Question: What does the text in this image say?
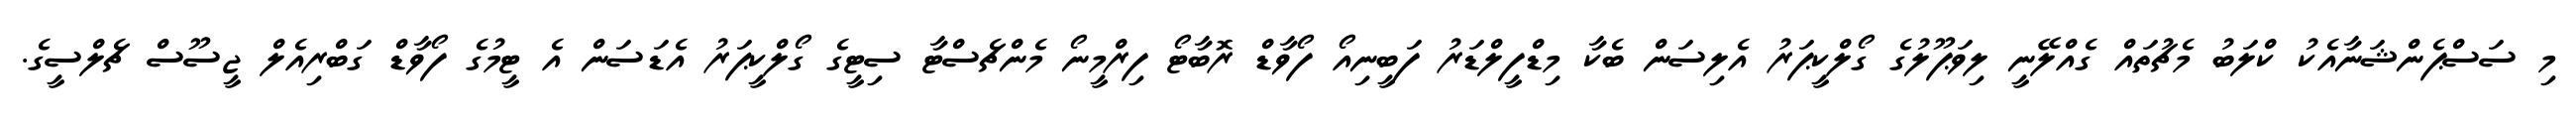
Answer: މި ސަސްޕެންޝަނާއެކު ކްލަބު މެޗުތައް ގެއްލޭނީ ލިވަޕޫލުގެ ގޯލްކީޕަރު އެލިސަން ބެކާ މިޑްފީލްޑަރު ފަބީނިއޯ ފޯވާޑް ރޮބާޓޯ ފިރްމީނޯ މެންޗެސްޓާ ސިޓީގެ ގޯލްކީޕަރު އެޑަސަން އެ ޓީމުގެ ފޯވާޑް ގަބްރިއެލް ޖީސޫސް ޗެލްސީގެ.